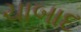
ચાબાદ